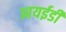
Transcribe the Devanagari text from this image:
आयईडी